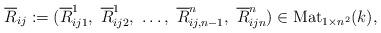
LaTeX: \begin{align*}\overline{R}_{ij}:=(\overline{R}^1_{ij1},\ \overline{R}^1_{ij2},\ \ldots, \ \overline{R}^n_{ij,n-1},\ \overline{R}^n_{ijn})\in \textup{Mat}_{1\times n^2}(k),\end{align*}